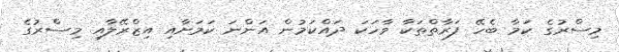
މިސްރުގެ ކަމާ ބެހޭ ފަރާތްތަކާ ވާހަކަ ދައްކަމުން އަންނަ ކަމަށާއި އިޒްރޭލާއި މިސްރުގެ